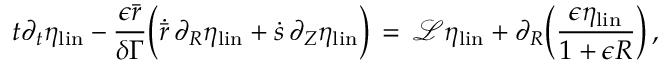
t \partial _ { t } \eta _ { \mathrm { l i n } } - \frac { \epsilon \bar { r } } { \delta \Gamma } \Bigl ( \dot { \bar { r } } \, \partial _ { R } \eta _ { \mathrm { l i n } } + \dot { s } \, \partial _ { Z } \eta _ { \mathrm { l i n } } \Bigr ) \, = \, \mathcal { L } \eta _ { \mathrm { l i n } } + \partial _ { R } \Bigl ( \frac { \epsilon \eta _ { \mathrm { l i n } } } { 1 + \epsilon R } \Bigr ) \, ,